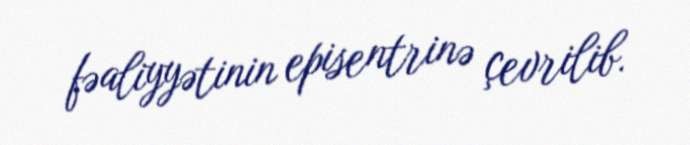
fəaliyyətinin episentrinə çevrilib.